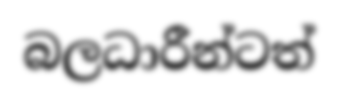
බලධාරීන්ටත්